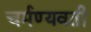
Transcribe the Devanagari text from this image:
चर्मण्यवती